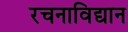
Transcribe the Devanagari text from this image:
रचनाविद्यान